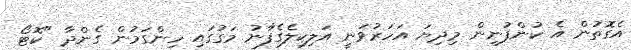
އެގޮތުން އެ ކުންފުނިން މިދިޔަ އަހަރުވަނީ އަލިކިލެގެފާނު މަގުގައި ހިންގަމުން ގެންދާ "ކޮޓޯ